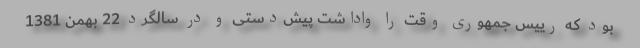
بود که رییس جمهوری وقت را واداشت پیش‌دستی و در سالگرد 22 بهمن 1381